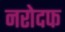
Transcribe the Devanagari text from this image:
नरोदफ